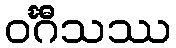
ဝင်္ဂီသဿ